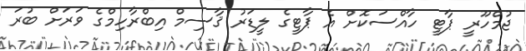
ޖުމްހޫރީ ޕާޓީ ހާއްސަކޮށް އެ ޕާޓީގެ ލީޑަރު ޤާސިމް އިބްރާހިމްގެ ވަރަށް ބުރަ